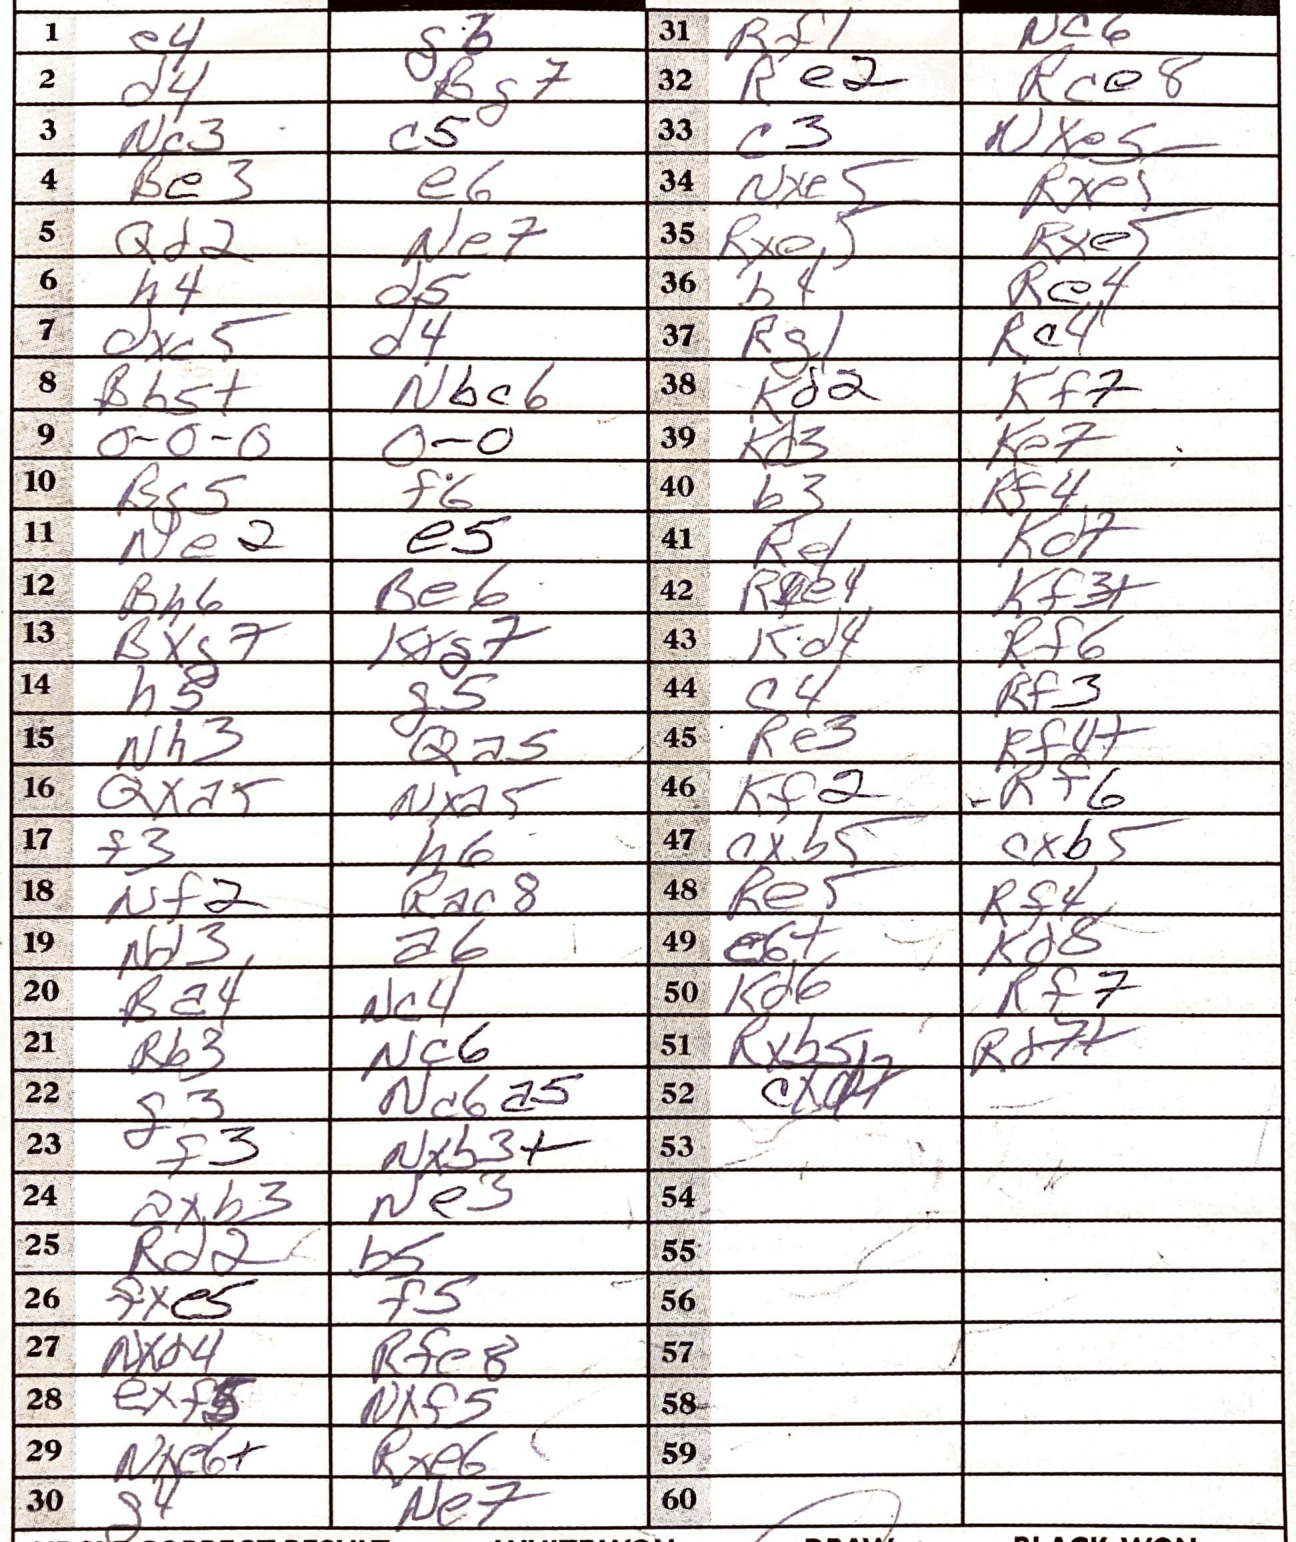
Moves: e4 gb d4 Bg7 Nc3 c5 Be3 e6 Qd2 Ne7 h4 d5 dxc5 d4 Bb5+ Nbc6 O-O-O O-O Bg5 f6 Ne2 e5 Bh6 Be6 Bxg7 Kxg7 h5 g5 Nh3 Qa5 Qxa5 Nxa5 Qxa5 Nxa5 Nf2 Rac8 Nd3 a6 Ba4 Nc4 Rb3 Nc6 g3 Nc6a5 f3 Nxb3+ axb3 Ne3 Rd2 b5 fxe5 f5 Nxd4 Rfe8 exf5 Nxf5 Nxe6+ Rxe6 g4 Ne7 Rf1 Nc6 Re2 Rce8 c3 Nxe5 Nxe5 Rxe5 Rxe5 Rxe5 b4 Re4 Rg1 Rc4 Kd2 Kf7 Kd3 Ke7 b3 Rf4 Re1 Kd7 Kf3+ Kd4 Rf6 c4 Rf3 Re3 Rf4+ Kf2 Rf6 cxb5 cxb5 Re5 Rf4 e6+ Kd8 Kd6 Rf7 Rxb5 Rd7+ cxd2